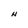
Character: N